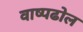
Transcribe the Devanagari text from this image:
वाष्पढोल